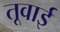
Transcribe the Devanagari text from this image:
तूवाई